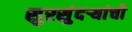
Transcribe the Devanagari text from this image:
सुरसुंदऱ्यांची